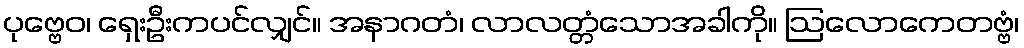
ပုဗ္ဗေဝ၊ ရှေးဦးကပင်လျှင်။ အနာဂတံ၊ လာလတ္တံသောအခါကို။ ဩလောကေတဗ္ဗံ၊